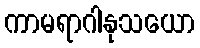
ကာမရာဂါနုသယော